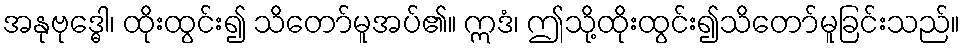
အနုဗုဒ္ဓေါ၊ ထိုးထွင်း၍ သိတော်မူအပ်၏။ ဣဒံ၊ ဤသို့ထိုးထွင်း၍သိတော်မူခြင်းသည်။